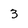
Character: 3